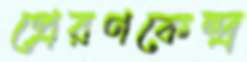
প্রেরণকেন্দ্র